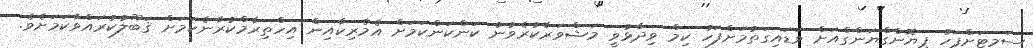
ސަމިޓަށްފަހު ޕިޔޮންގްޔަންގްއަށް ވަޑައިގަތުމަށްފަހު ކިމް ވިދާޅުވީ މަޝްވަރާކުރެވުނު ކަންކަންކަމަށް އެމެރިކާއިން އިހްތިރާމްކުރާނެކަމަށް ޤަބޫލުކުރައްވާކަމަށެވެ.